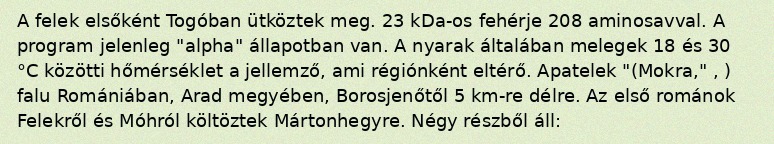
A felek elsőként Togóban ütköztek meg. 23 kDa-os fehérje 208 aminosavval. A program jelenleg "alpha" állapotban van. A nyarak általában melegek 18 és 30 °C közötti hőmérséklet a jellemző, ami régiónként eltérő. Apatelek "(Mokra," , ) falu Romániában, Arad megyében, Borosjenőtől 5 km-re délre. Az első románok Felekről és Móhról költöztek Mártonhegyre. Négy részből áll: